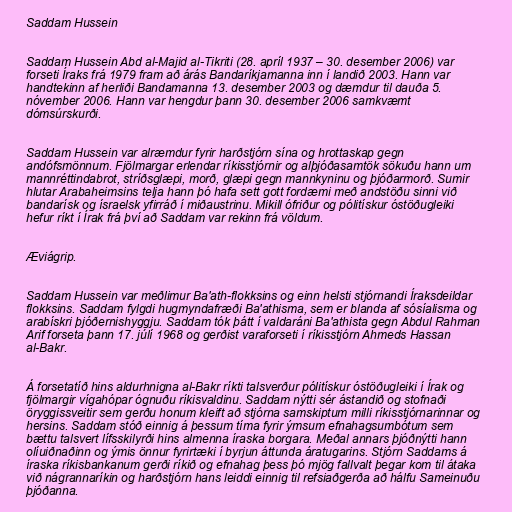
Saddam Hussein

Saddam Hussein Abd al-Majid al-Tikriti (28. apríl 1937 – 30. desember 2006) var
forseti Íraks frá 1979 fram að árás Bandaríkjamanna inn í landið 2003. Hann var
handtekinn af herliði Bandamanna 13. desember 2003 og dæmdur til dauða 5.
nóvember 2006. Hann var hengdur þann 30. desember 2006 samkvæmt
dómsúrskurði.

Saddam Hussein var alræmdur fyrir harðstjórn sína og hrottaskap gegn
andófsmönnum. Fjölmargar erlendar ríkisstjórnir og alþjóðasamtök sökuðu hann um
mannréttindabrot, stríðsglæpi, morð, glæpi gegn mannkyninu og þjóðarmorð. Sumir
hlutar Arabaheimsins telja hann þó hafa sett gott fordæmi með andstöðu sinni við
bandarísk og ísraelsk yfirráð í miðaustrinu. Mikill ófriður og pólitískur óstöðugleiki
hefur ríkt í Írak frá því að Saddam var rekinn frá völdum.

Æviágrip.

Saddam Hussein var meðlimur Ba'ath-flokksins og einn helsti stjórnandi Íraksdeildar
flokksins. Saddam fylgdi hugmyndafræði Ba'athisma, sem er blanda af sósíalisma og
arabískri þjóðernishyggju. Saddam tók þátt í valdaráni Ba'athista gegn Abdul Rahman
Arif forseta þann 17. júlí 1968 og gerðist varaforseti í ríkisstjórn Ahmeds Hassan
al-Bakr.

Á forsetatíð hins aldurhnigna al-Bakr ríkti talsverður pólitískur óstöðugleiki í Írak og
fjölmargir vígahópar ógnuðu ríkisvaldinu. Saddam nýtti sér ástandið og stofnaði
öryggissveitir sem gerðu honum kleift að stjórna samskiptum milli ríkisstjórnarinnar og
hersins. Saddam stóð einnig á þessum tíma fyrir ýmsum efnahagsumbótum sem
bættu talsvert lífsskilyrði hins almenna íraska borgara. Meðal annars þjóðnýtti hann
olíuiðnaðinn og ýmis önnur fyrirtæki í byrjun áttunda áratugarins. Stjórn Saddams á
íraska ríkisbankanum gerði ríkið og efnahag þess þó mjög fallvalt þegar kom til átaka
við nágrannaríkin og harðstjórn hans leiddi einnig til refsiaðgerða að hálfu Sameinuðu
þjóðanna.